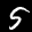
Label: 5